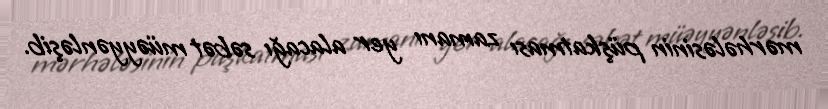
mərhələsinin püşkatması zamanı yer alacağı səbət müəyyənləşib.